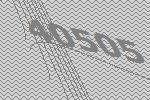
40505